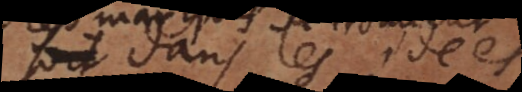
dans les idées